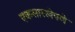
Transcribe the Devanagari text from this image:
एकसारखेपणे